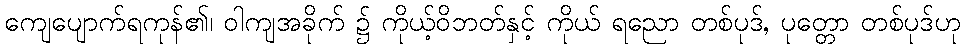
ကျေပျောက်ရကုန်၏၊ ဝါကျအခိုက် ၌ ကိုယ့်ဝိဘတ်နှင့် ကိုယ် ရညော တစ်ပုဒ်, ပုတ္တော တစ်ပုဒ်ဟု